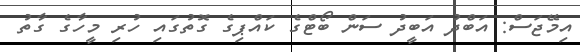
އިމޭޖަސް: އަބްދު އަބީދު ސަން ބޯޓްގެ ކައްޕިގެ ގޮތުގައި ހުރި މީހާގެ ގާތު